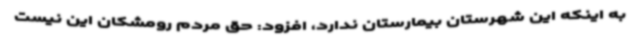
به اینکه این شهرستان بیمارستان ندارد، افزود: حق مردم رومشکان این نیست